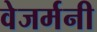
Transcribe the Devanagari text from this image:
वेजर्मनी